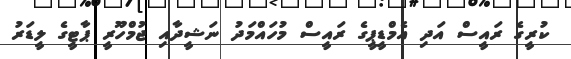
ކުރީގެ ރައީސް އަދި އެމްޑީޕީގެ ރައީސް މުހައްމަދު ނަޝީދާއި ޖުމްހޫރީ ޕާޓީގެ ލީޑަރު